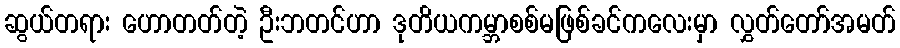
ဆွယ်တရား ဟောတတ်တဲ့ ဦးဘတင်ဟာ ဒုတိယကမ္ဘာစစ်မဖြစ်ခင်ကလေးမှာ လွှတ်တော်အမတ်